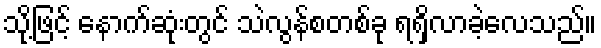
သို့ဖြင့် နောက်ဆုံးတွင် သဲလွန်စတစ်ခု ရရှိလာခဲ့လေသည်။